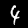
Digit: 4